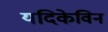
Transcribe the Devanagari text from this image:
यदिकेविन